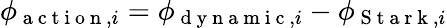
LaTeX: \phi_{\mathrm{~a~c~t~i~o~n~},i}=\phi_{\mathrm{~d~y~n~a~m~i~c~},i}-\phi_{\mathrm{~S~t~a~r~k~},i}